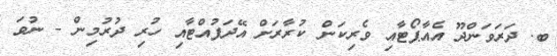
ބ. ދަރަވަންދޫޫ އެއާޕޯޓާއި ވެރިކަން ކުރާރަށް އޭދަފުއްޓާއި ހުރި ދުރުމިން - ނުވަ